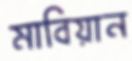
মাবিয়ান